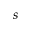
s